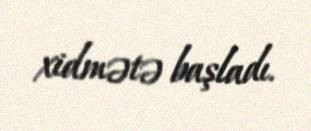
xidmətə başladı.